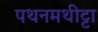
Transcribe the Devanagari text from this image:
पथनमथीट्टा